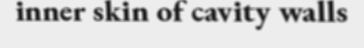
inner skin of cavity walls